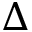
\Delta